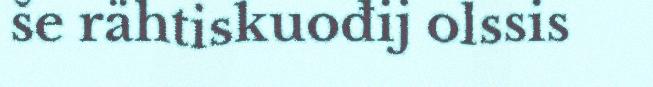
še rähtiskuođij olssis